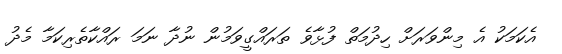
އެކަމަކު އެ މިންވަރަށް ހިދުމަތް ފުޅާވެ ތަރައްގީވަމުން ނުދާ ނަމަ ރައްކާތެރިކަމާ މެދު